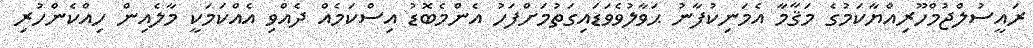
ރައީސުލްޖުމްހޫރިއްޔާކަމުގެ މަޤާމާ އެމަނިކުފާނު ޙަވާލުވެވަޑައިގަތުމަށްފަހު އެންމެބޮޑު އިސްކަމެއް ދެއްވި އެއްކަމަކީ މާލެއިން ހިއްކެންހުރި